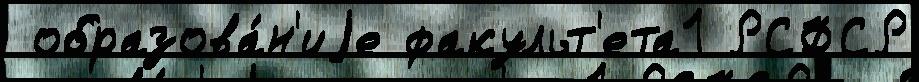
 образова́н'иjе факульт'ета1 РСФСР